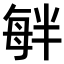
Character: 𣫷